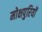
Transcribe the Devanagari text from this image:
मोक्षपुरियों